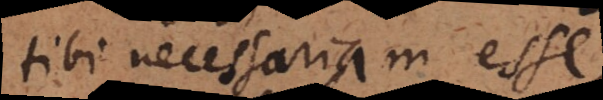
tibi necessariam esse.